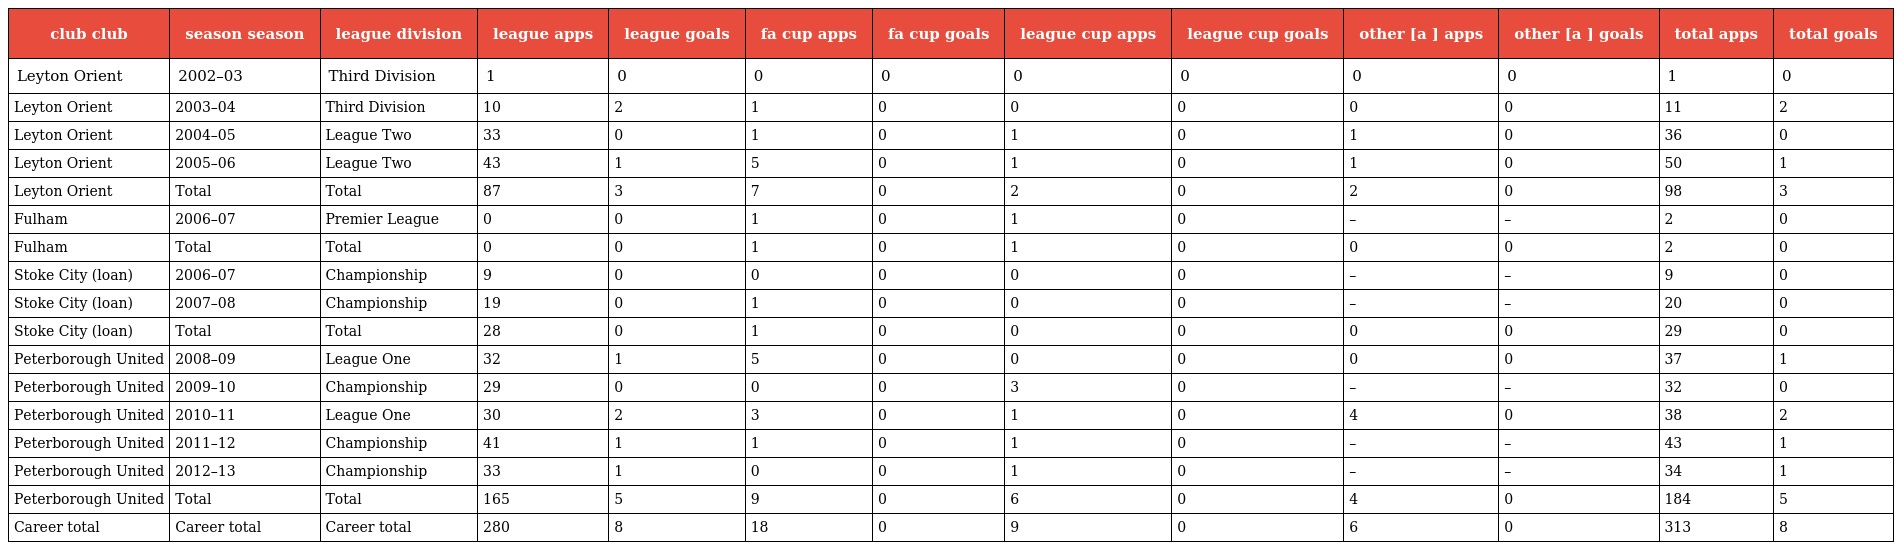
| club club | season season | league division | league apps | league goals | fa cup apps | fa cup goals | league cup apps | league cup goals | other [a ] apps | other [a ] goals | total apps | total goals |
 | --- | --- | --- | --- | --- | --- | --- | --- | --- | --- | --- | --- | --- |
 | Leyton Orient | 2002–03 | Third Division | 1 | 0 | 0 | 0 | 0 | 0 | 0 | 0 | 1 | 0 |
 | Leyton Orient | 2003–04 | Third Division | 10 | 2 | 1 | 0 | 0 | 0 | 0 | 0 | 11 | 2 |
 | Leyton Orient | 2004–05 | League Two | 33 | 0 | 1 | 0 | 1 | 0 | 1 | 0 | 36 | 0 |
 | Leyton Orient | 2005–06 | League Two | 43 | 1 | 5 | 0 | 1 | 0 | 1 | 0 | 50 | 1 |
 | Leyton Orient | Total | Total | 87 | 3 | 7 | 0 | 2 | 0 | 2 | 0 | 98 | 3 |
 | Fulham | 2006–07 | Premier League | 0 | 0 | 1 | 0 | 1 | 0 | – | – | 2 | 0 |
 | Fulham | Total | Total | 0 | 0 | 1 | 0 | 1 | 0 | 0 | 0 | 2 | 0 |
 | Stoke City (loan) | 2006–07 | Championship | 9 | 0 | 0 | 0 | 0 | 0 | – | – | 9 | 0 |
 | Stoke City (loan) | 2007–08 | Championship | 19 | 0 | 1 | 0 | 0 | 0 | – | – | 20 | 0 |
 | Stoke City (loan) | Total | Total | 28 | 0 | 1 | 0 | 0 | 0 | 0 | 0 | 29 | 0 |
 | Peterborough United | 2008–09 | League One | 32 | 1 | 5 | 0 | 0 | 0 | 0 | 0 | 37 | 1 |
 | Peterborough United | 2009–10 | Championship | 29 | 0 | 0 | 0 | 3 | 0 | – | – | 32 | 0 |
 | Peterborough United | 2010–11 | League One | 30 | 2 | 3 | 0 | 1 | 0 | 4 | 0 | 38 | 2 |
 | Peterborough United | 2011–12 | Championship | 41 | 1 | 1 | 0 | 1 | 0 | – | – | 43 | 1 |
 | Peterborough United | 2012–13 | Championship | 33 | 1 | 0 | 0 | 1 | 0 | – | – | 34 | 1 |
 | Peterborough United | Total | Total | 165 | 5 | 9 | 0 | 6 | 0 | 4 | 0 | 184 | 5 |
 | Career total | Career total | Career total | 280 | 8 | 18 | 0 | 9 | 0 | 6 | 0 | 313 | 8 |